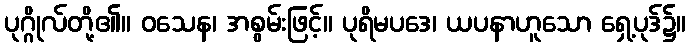
ပုဂ္ဂိုလ်တို့၏။ ဝသေန၊ အစွမ်းဖြင့်။ ပုရိမပဒေ၊ ယပနာဟူသော ရှေ့ပုဒ်၌။